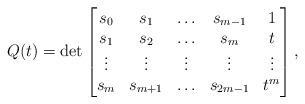
LaTeX: \begin{align*}Q(t) = \det\begin{bmatrix}s_0 & s_1 & \ldots & s_{m-1} & 1\\s_1 & s_2 & \ldots & s_{m} & t\\\vdots & \vdots & \vdots & \vdots & \vdots\\s_{m} & s_{m+1} & \ldots & s_{2m-1} & t^{m}\end{bmatrix},\end{align*}